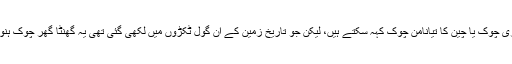
آپ اسے قاہرہ کا طاہری چوک یا چین کا تیانامن چوک کہہ سکتے ہیں، لیکن جو تاریخ زمین کے ان گول ٹکڑوں میں لکھی گئی تھی یہ گھنٹا گھر چوک ہنوز اس سے محروم تھا۔